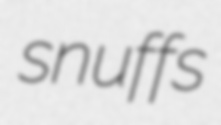
snuffs